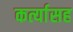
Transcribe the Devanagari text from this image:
कर्त्यासह